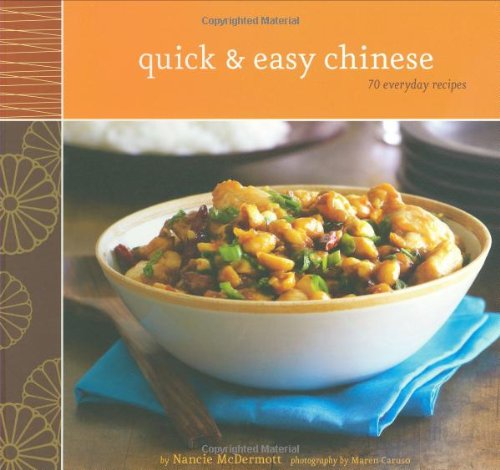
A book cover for Quick & Easy Chinese: 70 Everyday Recipes; Nancie McDermott; Cookbooks, Food & Wine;